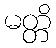
မတ္တိ